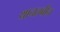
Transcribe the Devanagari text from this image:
थानलवीन